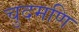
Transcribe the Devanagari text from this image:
चुदमणि